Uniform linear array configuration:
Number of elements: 32
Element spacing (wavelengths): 0.5
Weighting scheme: binomial
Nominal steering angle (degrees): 0
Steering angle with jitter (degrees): -0.4981
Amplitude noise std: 0.05
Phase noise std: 0.05

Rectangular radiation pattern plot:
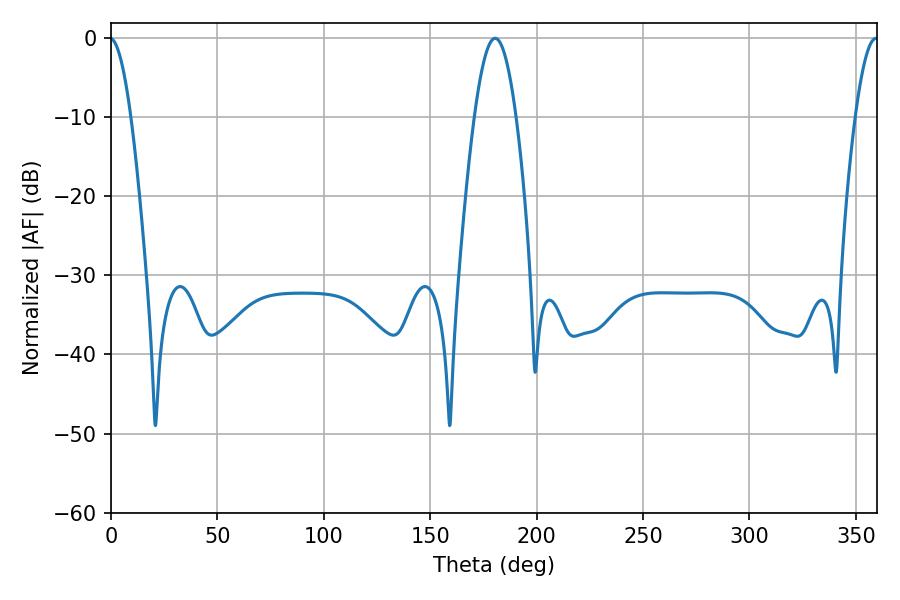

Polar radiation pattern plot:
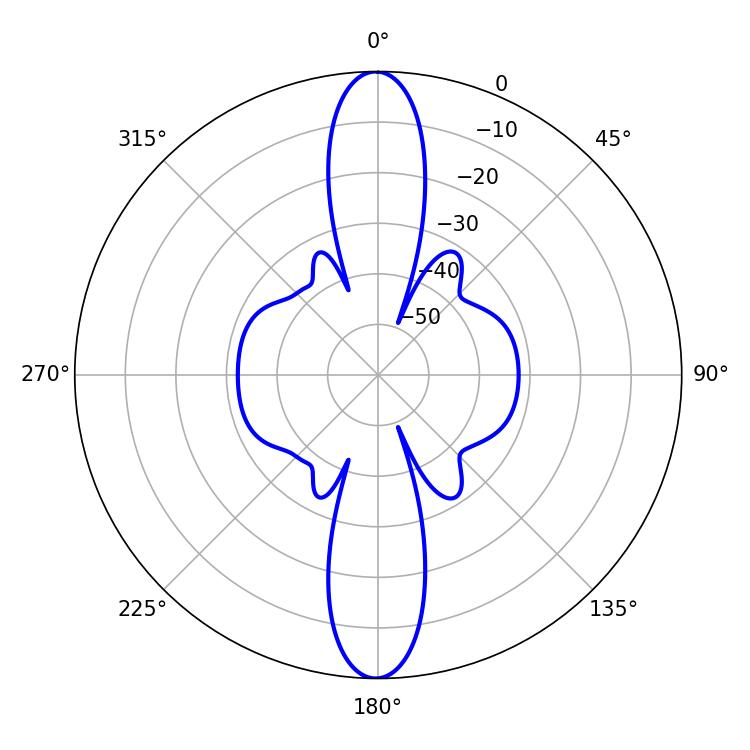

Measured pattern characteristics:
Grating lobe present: FALSE
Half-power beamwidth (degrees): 10.62
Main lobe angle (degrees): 180.54